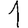
Digit: 1